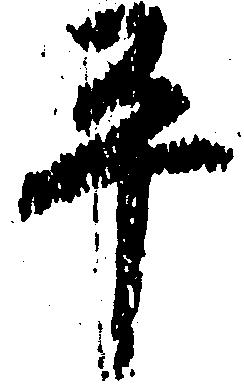
平